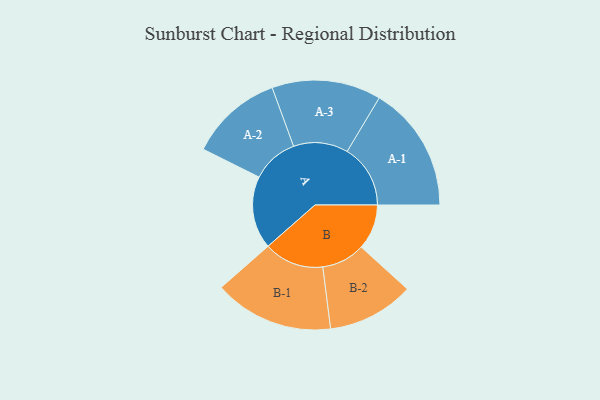
{"axis": {"x": "Segment", "y": "Value"}, "legend": ["", "A", "B"], "data": [{"x": "A", "y": 303, "type": ""}, {"x": "B", "y": 189, "type": ""}, {"x": "A-1", "y": 264, "type": "A"}, {"x": "A-2", "y": 194, "type": "A"}, {"x": "A-3", "y": 228, "type": "A"}, {"x": "B-1", "y": 250, "type": "B"}, {"x": "B-2", "y": 181, "type": "B"}]}